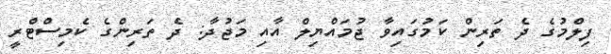
ފިލްމުގެ ދެ ތަރިން ކަމުގައިވާ ޖުމައްޔިލް އާއި މަޖުދާ: ދެ ތަރިންގެ ކެމިސްޓްރީ